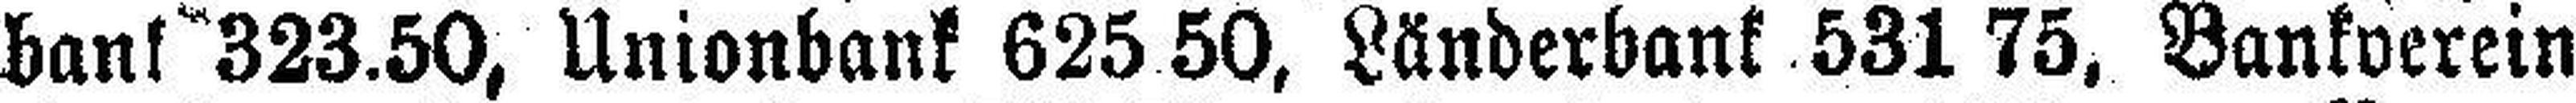
bank 323.50, Unionbank 625.50, Länderbank 531 75. Bankverein